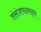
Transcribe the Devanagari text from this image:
तंसंजपदमद्ध